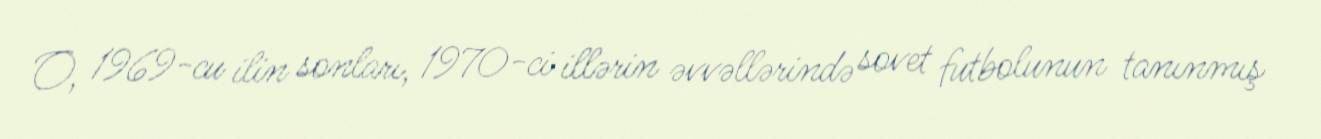
O, 1969-cu ilin sonları, 1970-ci illərin əvvəllərində sovet futbolunun tanınmış